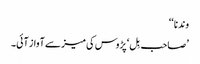
وندنا ‘‘
’صاحب بِل‘ پڑوس کی میز سے آواز آئی۔